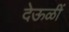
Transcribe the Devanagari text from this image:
देऊळीं